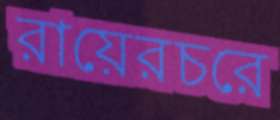
রায়েরচরে